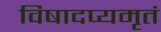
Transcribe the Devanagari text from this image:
विषादप्यमृतं